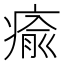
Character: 瘉